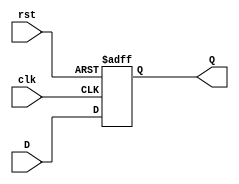
module DFF(output reg Q, input D,clk,rst);
    always @(posedge clk,negedge rst)
        if (!rst) Q <= 1'b0;
        else Q <= D;
endmodule